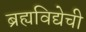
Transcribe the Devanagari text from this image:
ब्रह्यविद्येची